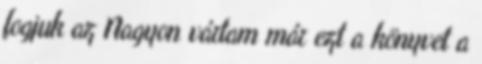
fogjuk az Nagyon vártam már ezt a könyvet a